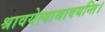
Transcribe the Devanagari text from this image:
श्रावयेत्याश्रावयन्ति।